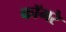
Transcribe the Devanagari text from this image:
कॉमरे